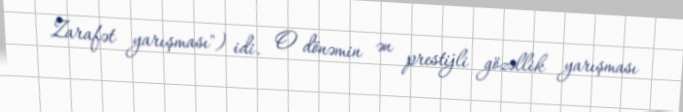
Zarafət yarışması") idi. O dönəmin ən prestijli gözəllik yarışması